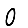
Digit: 0